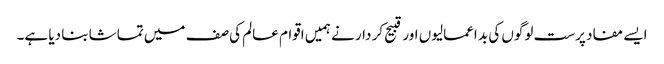
ایسے مفاد پرست لوگوں کی بد اعمالیوں اور قبیح کر دار نے ہمیں اقوام عالم کی صف میں تماشا بنا دیا ہے۔